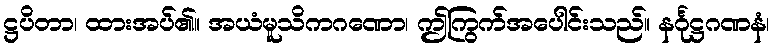
ဋ္ဌပိတာ၊ ထားအပ်၏။ အယံမူသိကဂဏော၊ ဤကြွက်အပေါင်းသည်။ နင်္ဂုဋ္ဌဂဏနံ၊